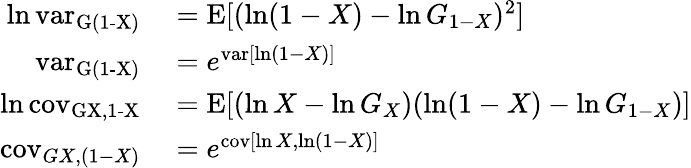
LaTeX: \begin{array}{rl}{\ln\operatorname{var_{G(1-X)}}}&{{}=\operatorname{E}[(\ln(1-X)-\ln G_{1-X})^{2}]}\\ {\operatorname{var_{G(1-X)}}}&{{}=e^{\operatorname{var}[\ln(1-X)]}}\\ {\ln\operatorname{cov_{G{X,1-X}}}}&{{}=\operatorname{E}[(\ln X-\ln G_{X})(\ln(1-X)-\ln G_{1-X})]}\\ {\operatorname{cov}_{G{X,(1-X)}}}&{{}=e^{\operatorname{cov}[\ln X,\ln(1-X)]}}\end{array}